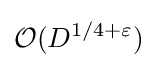
{\mathcal {O}}(D^{1/4+\varepsilon })